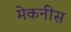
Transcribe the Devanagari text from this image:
मेकनीस